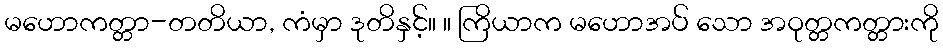
မဟောကတ္တာ-တတိယာ, ကံမှာ ဒုတိနှင့်။ ။ ကြိယာက မဟောအပ် သော အဝုတ္တကတ္တားကို